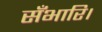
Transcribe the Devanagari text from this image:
सँभारि।